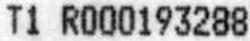
T1 R000193288